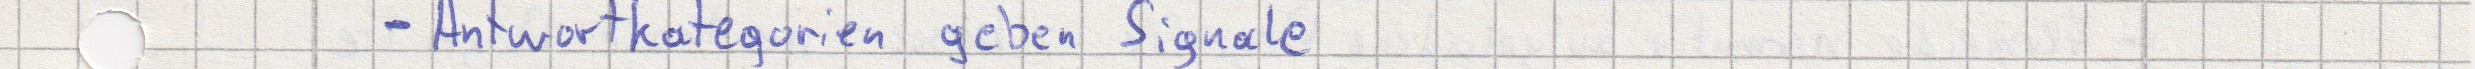
- Antwortkategorien geben Signale